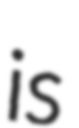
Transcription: is